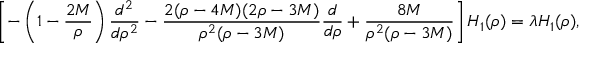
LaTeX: \left[ - \left( 1 - \frac { 2 M } { \rho } \right) \frac { d ^ { 2 } } { d \rho ^ { 2 } } - \frac { 2 ( \rho - 4 M ) ( 2 \rho - 3 M ) } { \rho ^ { 2 } ( \rho - 3 M ) } \frac { d } { d \rho } + \frac { 8 M } { \rho ^ { 2 } ( \rho - 3 M ) } \right] H _ { 1 } ( \rho ) = \lambda H _ { 1 } ( \rho ) ,